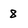
Character: 8